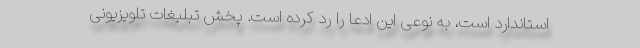
استاندارد است، به نوعی این ادعا را رد کرده است. پخش تبلیغات تلویزیونی